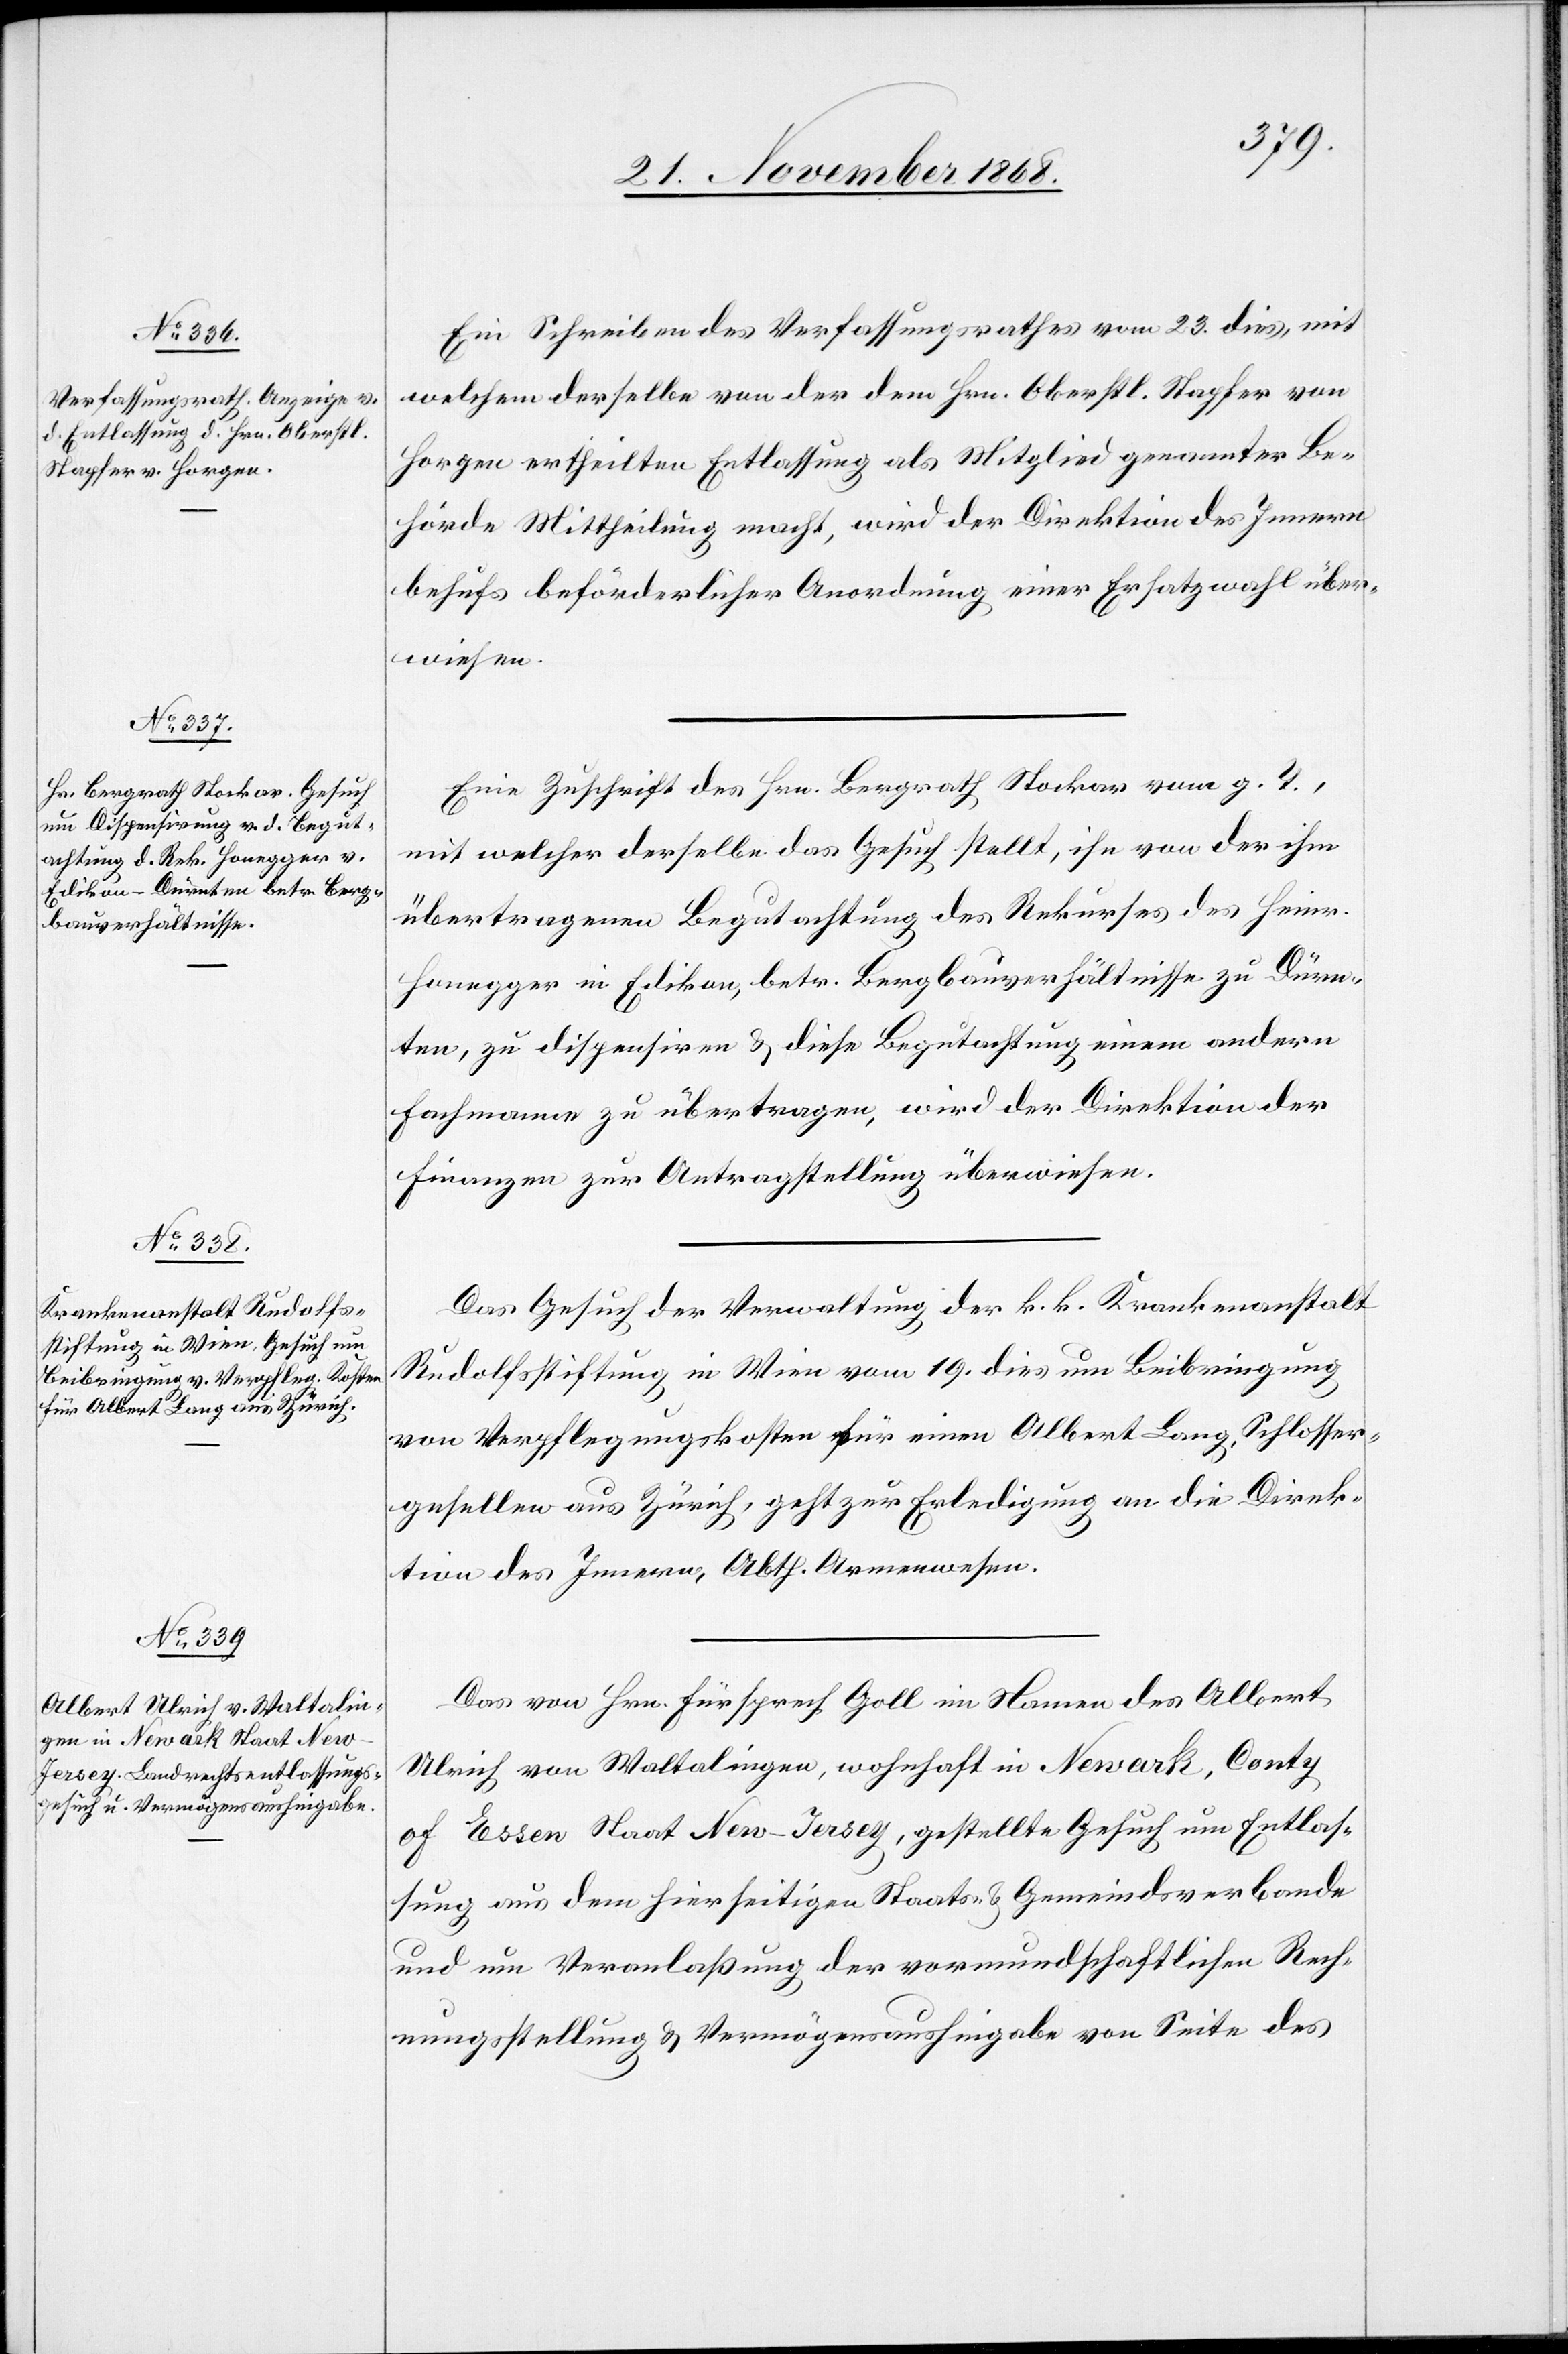
25. November 1868.]
Ein Schreiben des Verfassungsrathes vom 23. dies, mit
welchem derselbe von der dem Hrn. Oberstl. Stapfer von
Horgen ertheilten Entlassung als Mitglied genannter Be¬
hörde Mittheilung macht, wird der Direktion des Innern
behufs beförderlicher Anordnung einer Ersatzwahl über¬
wiesen.
Eine Zuschrift des Hrn. Bergrath Stockar vom g. T.,
mit welcher derselbe das Gesuch stellt, ihn von der ihm
übertragenen Begutachtung des Rekurses des Heinr.
Honegger in Edikon, betr. Bergbauverhältnisse zu Dürn¬
ten, zu dispensiren & diese Begutachtung einem andern
Fachmann zu übertragen, wird der Direktion der
Finanzen zur Antragstellung überwiesen.
Das Gesuch der Verwaltung der k. k. Krankenanstalt
Rudolfsstiftung in Wien vom 19. dies um Beibringung
von Verpflegungskosten für einen Albert Lang, Schlosser¬
gesellen aus Zürich, geht zur Erledigung an die Direk¬
tion des Innern, Abth. Armenwesen.
Das von Hrn. Fürsprech Goll im Namen des Albert
Ulrich von Waltalingen, wohnhaft in Newark, Co[u]nty
[recte: Essex] Staat New-Jersey, gestellte Gesuch um Entlas¬
sung aus dem hierseitigen Staats- & Gemeindsverbande
und um Veranlaßung der vormundschaftlichen Rech¬
nungsstellung & Vermögensaushingabe von Seite des